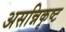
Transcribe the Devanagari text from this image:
असन्निकृष्ट